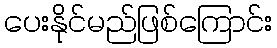
ပေးနိုင်မည်ဖြစ်ကြောင်း